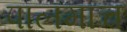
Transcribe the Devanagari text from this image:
पालमाच